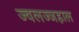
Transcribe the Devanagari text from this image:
ज्वलज्जहाल